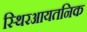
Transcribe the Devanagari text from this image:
स्थिरआयतनिक